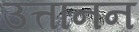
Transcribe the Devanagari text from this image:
उत्तानन